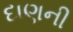
દાણની